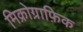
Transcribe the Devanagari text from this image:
मिक्रोग्राफ़िक